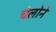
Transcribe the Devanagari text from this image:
चेलोने